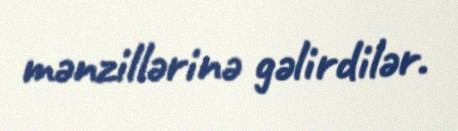
mənzillərinə gəlirdilər.